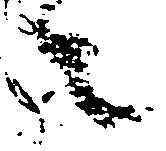
々